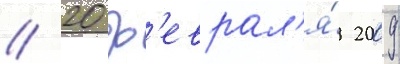
// 20 ф'еврал'я́ 2009